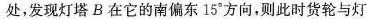
处，发现灯塔B在它的南偏东15°方向，则此时货轮与灯